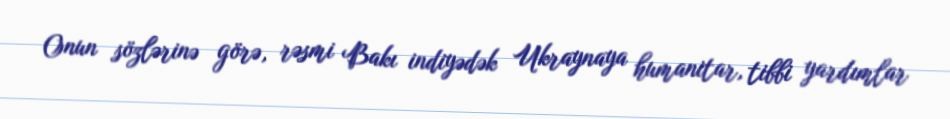
Onun sözlərinə görə, rəsmi Bakı indiyədək Ukraynaya humanitar, tibbi yardımlar